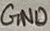
Text: GND